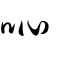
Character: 吣